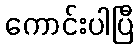
ကောင်းပါပြီ